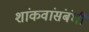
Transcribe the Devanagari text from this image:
शांकवांसंबंधी